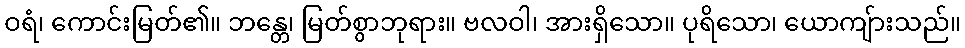
ဝရံ၊ ကောင်းမြတ်၏။ ဘန္တေ၊ မြတ်စွာဘုရား။ ဗလဝါ၊ အားရှိသော။ ပုရိသော၊ ယောကျ်ားသည်။